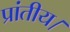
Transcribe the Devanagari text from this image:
प्रांतीय।